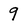
Character: 9